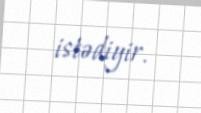
istədiyir.